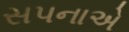
સપનાએ